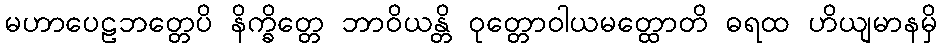
မဟာပေဠဘတ္တေပိ နိက္ခိတ္တေ ဘာဝိယန္တိ ဝုတ္တောဝါယမတ္ထောတိ ဓရထ ဟိယျမာနမှိ